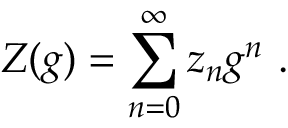
Z ( g ) = \sum _ { n = 0 } ^ { \infty } z _ { n } g ^ { n } \ .